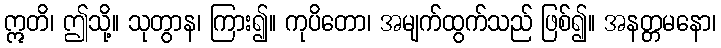
ဣတိ၊ ဤသို့။ သုတွာန၊ ကြား၍။ ကုပိတော၊ အမျက်ထွက်သည် ဖြစ်၍။ အနတ္တမနော၊